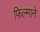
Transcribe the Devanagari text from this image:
फिल्‍माने